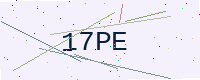
Text: 17PE